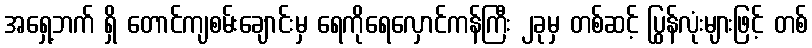
အရှေ့ဘက် ရှိ တောင်ကျစမ်းချောင်းမှ ရေကိုရေလှောင်ကန်ကြီး ၂ခုမှ တစ်ဆင့် ပြွန်လုံးများဖြင့် တစ်